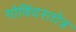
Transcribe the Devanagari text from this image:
गोविंदस्तोत्र